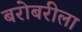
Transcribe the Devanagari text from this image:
बरोबरीला